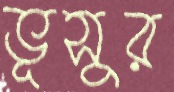
ভূসুর